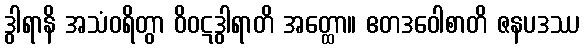
ဒွါရာနိ အသံဝရိတွာ ဝိဝဋဒွါရာတိ အတ္ထော။ ဧတဒဝေါစာတိ ဇနပဒဿ